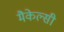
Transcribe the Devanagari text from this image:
मैकेल्सी